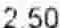
2.50